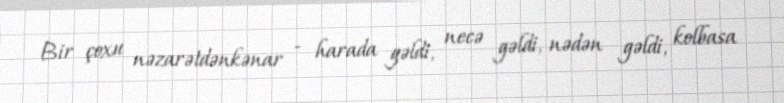
Bir çoxu nəzarətdənkənar - harada gəldi, necə gəldi, nədən gəldi, kolbasa